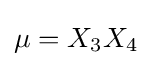
{\textstyle \mu =X_{3}X_{4}}